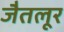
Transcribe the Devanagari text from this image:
जैतलूर